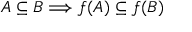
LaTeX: A \subseteq B \Longrightarrow f ( A ) \subseteq f ( B )